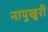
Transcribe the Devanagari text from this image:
नापुखुरी